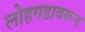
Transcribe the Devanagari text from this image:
लोहगडावरून